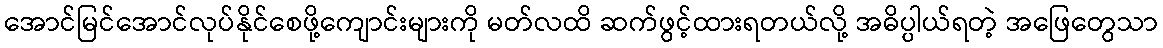
အောင်မြင်အောင်လုပ်နိုင်စေဖို့ကျောင်းများကို မတ်လထိ ဆက်ဖွင့်ထားရတယ်လို့ အဓိပ္ပါယ်ရတဲ့ အဖြေတွေသာ